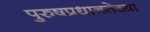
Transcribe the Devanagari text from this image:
पुरुषप्रधानतेच्या